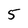
Character: 5